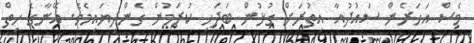
ވެސް އަހަރެން ސައުދުއާ އިތުރަށް ގުޅުން ބަދަހި ކުރަމުން ގެންދިޔައިމެވެ. އޭނާގެ ހިތް